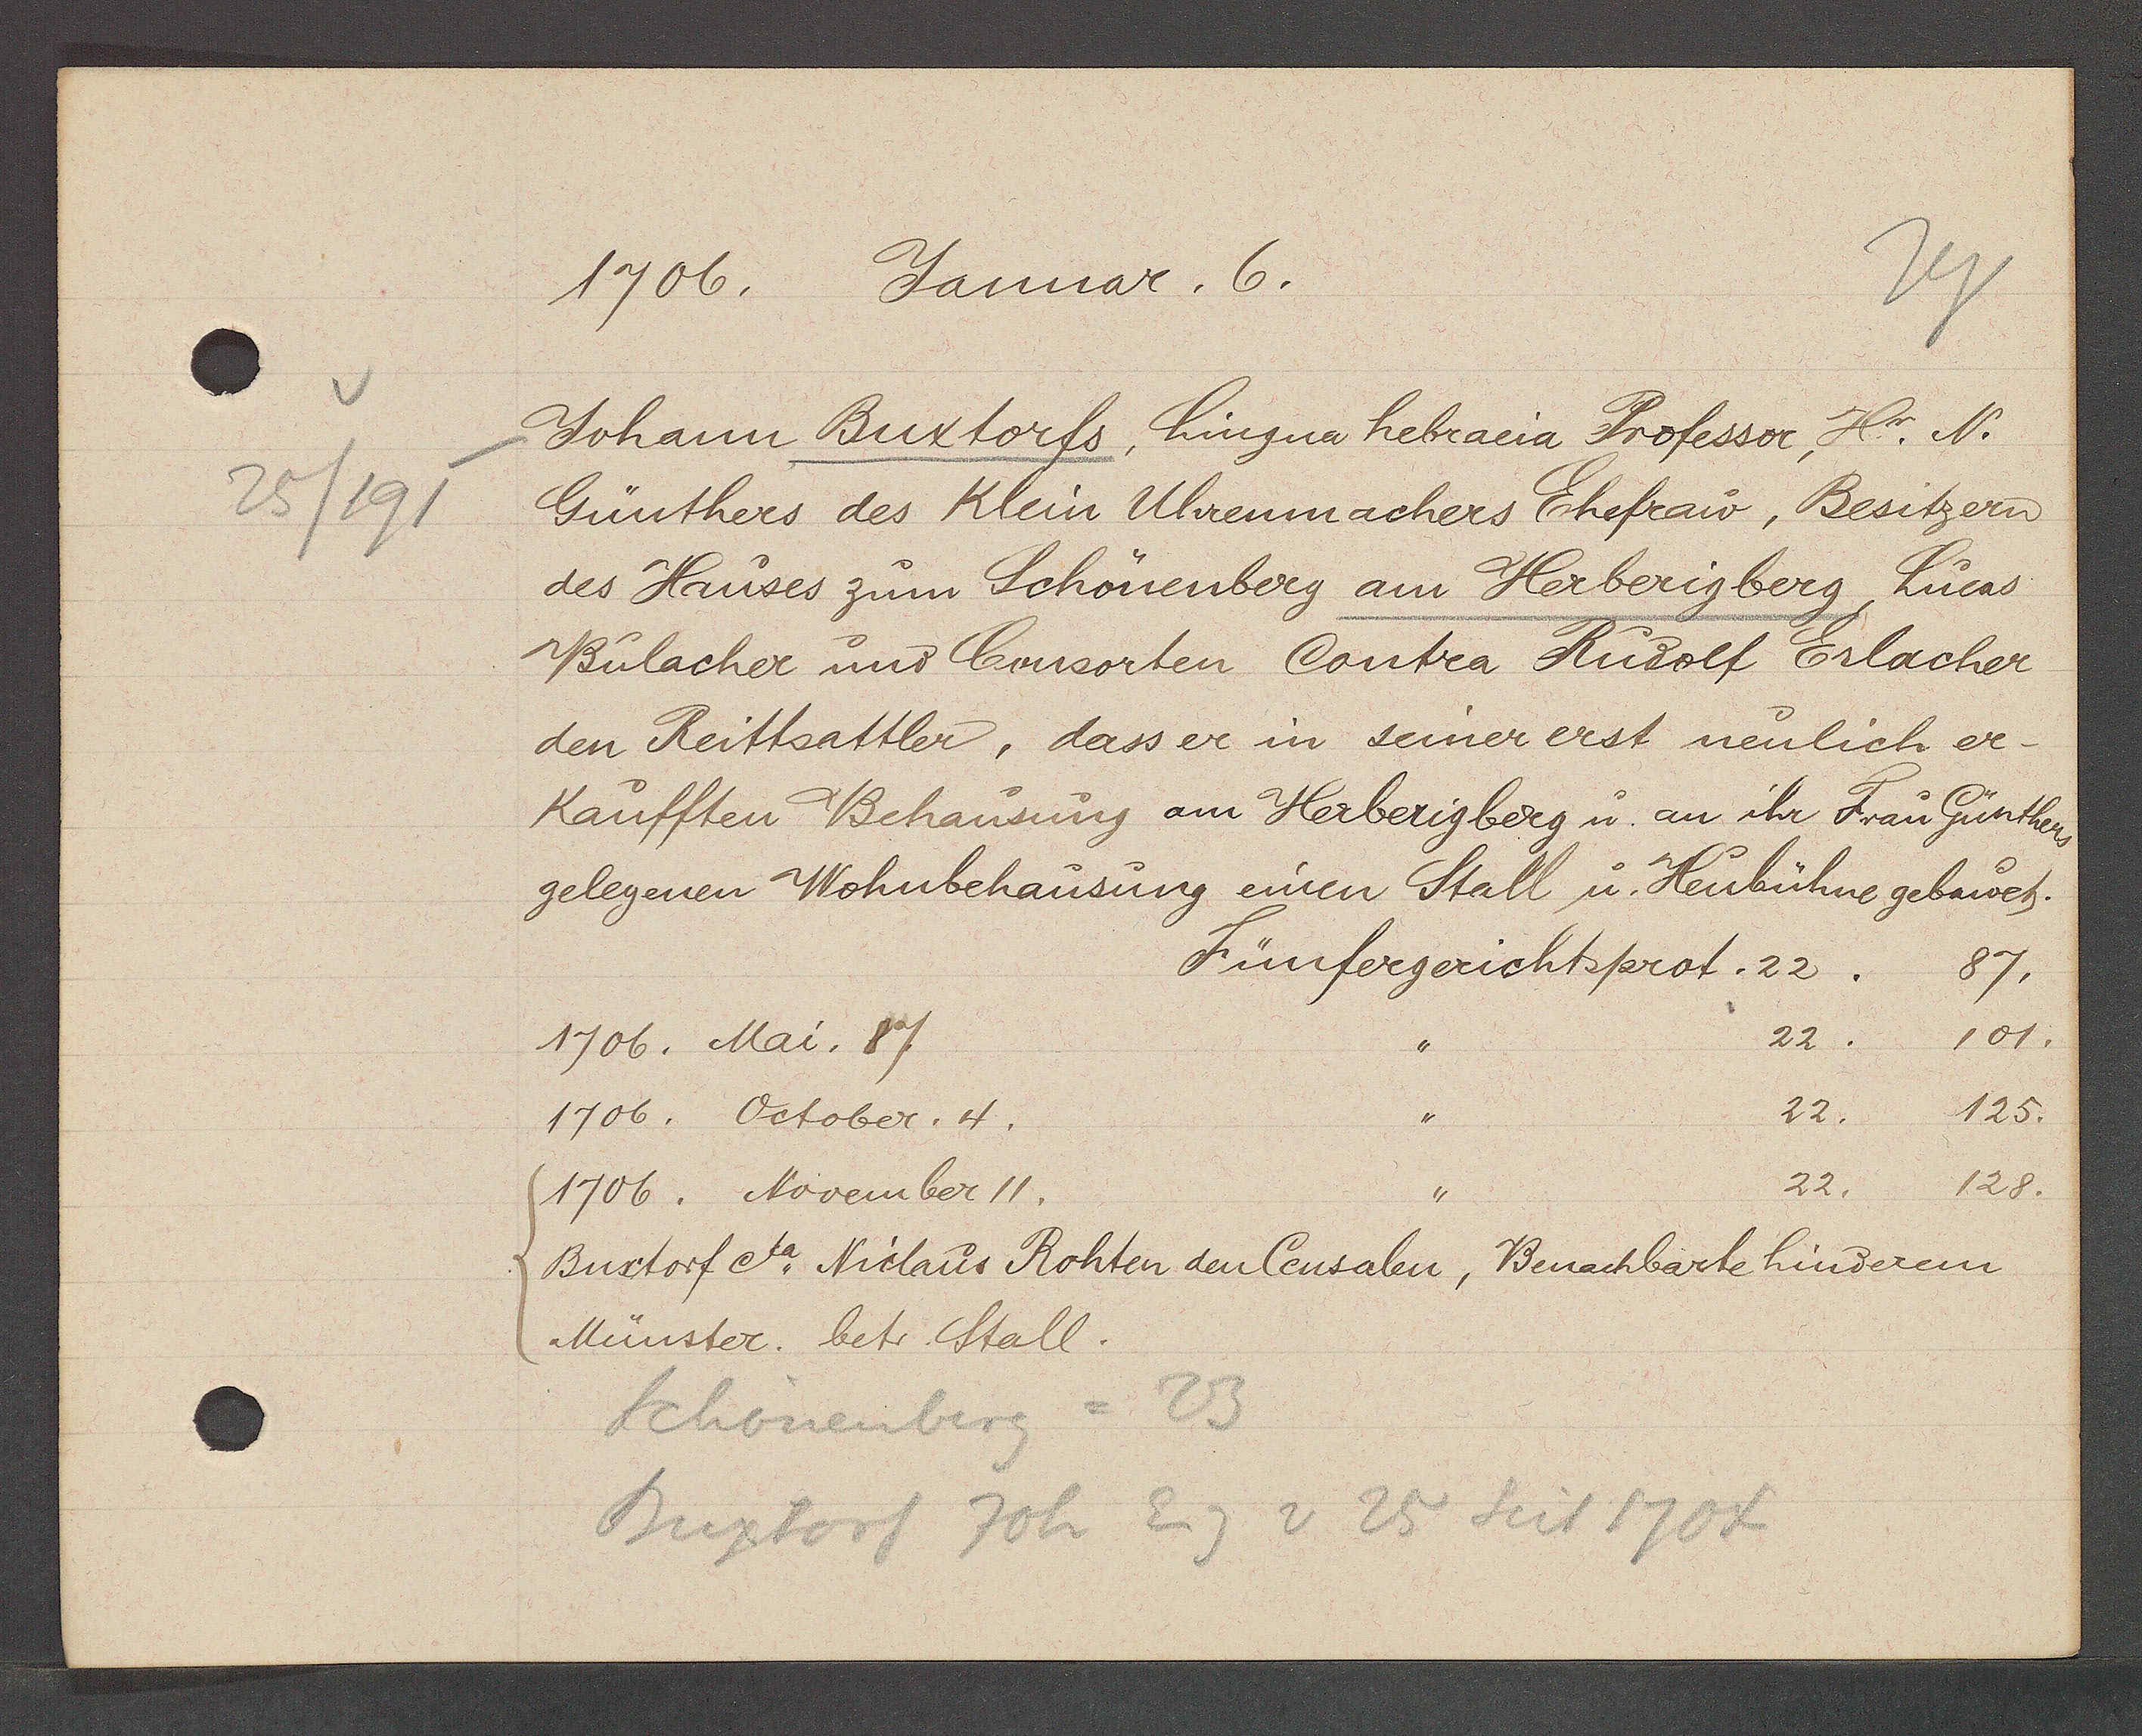
Transcript:
25/191

1706. Januar. 6.

Johann Buxtorfs, Lingua hebraeia Professer Hr. N.
Günthers des Klein Uhrenmachers Ehefrau, Besitzern
des Hauses zum Schönenberg am Herberigberg, Lucas
Bülacher und Consorten Contra Rudolf Erlacher
den Reittsattler, dass er in seiner erst neulich er¬
Kaufften Behausung am Herberigberg u an ihr Frau Gunthers
gelegenen Wohnbehausung einen Stall u. Heubühne gebauet.
1706. Mai. 7.
1706. October. 4.
1706. November 11.
Buxtorf eta. Niclaus Rohten den Censalen, Benachbarte hinderem
Münster. betr Stall.
Fünfergerichtsprot. 22.
22.
22
22. 128.
87.
101.
125..

Schönenberg = 23
Buxtorf Joh Eig v 25 seit 1704